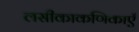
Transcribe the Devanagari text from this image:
लसीकाकणिकाएँ